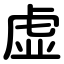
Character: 虚